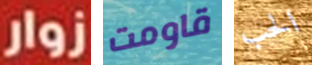
زوار قاومت الحب